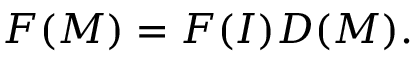
F ( M ) = F ( I ) D ( M ) .